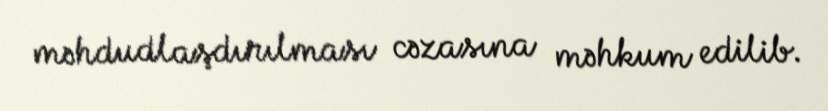
məhdudlaşdırılması cəzasına məhkum edilib.